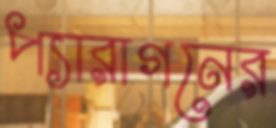
প্যারাগনের